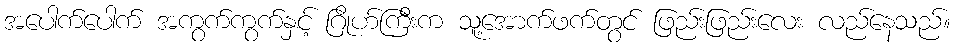
အပေါက်ပေါက် အကွက်ကွက်နှင့် ဂြိုဟ်ကြီးက သူ့အောက်ဖက်တွင် ဖြည်းဖြည်းလေး လည်နေသည်။